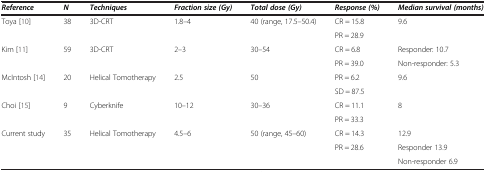
<table><thead><tr><td><b><i>Reference</i></b></td><td><b><i>N</i></b></td><td><b><i>Techniques</i></b></td><td><b><i>Fraction size (Gy)</i></b></td><td><b><i>Total dose (Gy)</i></b></td><td><b><i>Response (%)</i></b></td><td><b><i>Median survival (months)</i></b></td></tr></thead><tbody><tr><td>Toya [10]</td><td>38</td><td>3D-CRT</td><td>1.8–4</td><td>40 (range, 17.5–50.4)</td><td>CR = 15.8</td><td>9.6</td></tr><tr><td> </td><td> </td><td> </td><td> </td><td> </td><td>PR = 28.9</td><td> </td></tr><tr><td>Kim [11]</td><td>59</td><td>3D-CRT</td><td>2–3</td><td>30–54</td><td>CR = 6.8</td><td>Responder: 10.7</td></tr><tr><td> </td><td> </td><td> </td><td> </td><td> </td><td>PR = 39.0</td><td>Non-responder: 5.3</td></tr><tr><td>McIntosh [14]</td><td>20</td><td>Helical Tomotherapy</td><td>2.5</td><td>50</td><td>PR = 6.2</td><td>9.6</td></tr><tr><td> </td><td> </td><td> </td><td> </td><td> </td><td>SD = 87.5</td><td> </td></tr><tr><td>Choi [15]</td><td>9</td><td>Cyberknife</td><td>10–12</td><td>30–36</td><td>CR = 11.1</td><td>8</td></tr><tr><td> </td><td> </td><td> </td><td> </td><td> </td><td>PR = 33.3</td><td> </td></tr><tr><td>Current study</td><td>35</td><td>Helical Tomotherapy</td><td>4.5–6</td><td>50 (range, 45–60)</td><td>CR = 14.3</td><td>12.9</td></tr><tr><td> </td><td> </td><td> </td><td> </td><td> </td><td>PR = 28.6</td><td>Responder 13.9</td></tr><tr><td> </td><td> </td><td> </td><td> </td><td> </td><td> </td><td>Non-responder 6.9</td></tr></tbody></table>